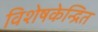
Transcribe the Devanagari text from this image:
विशेषकेन्द्रित